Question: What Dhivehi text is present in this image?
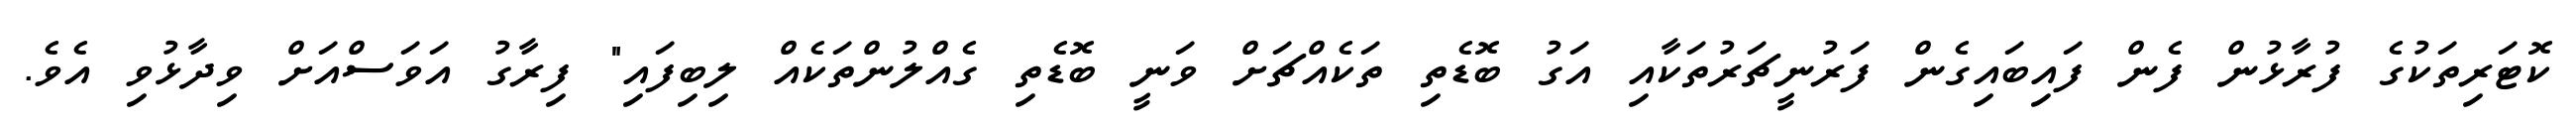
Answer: ކޮޓަރިތަކުގެ ފުރާޅުން ފެން ފައިބައިގެން ފަރުނީޗަރުތަކާއި އަގު ބޮޑެތި ތަކެއްޗަށް ވަނީ ބޮޑެތި ގެއްލުންތަކެއް ލިބިފައި" ފިރާގު އަވަސްއަށް ވިދާޅުވި އެވެ.